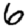
Digit: 6